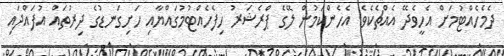
ދެމެހެއްޓުމަށް އެހީވެދޭ އެއްޗެކެވެ. އެހެންކަމުން ލޭގެ ޕްރެޝަރު ހިފެހެއްޓުމުގައްޔާއި ހަށިގަނޑުގެ ދިރުތައް އުފައްދައި